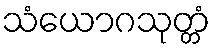
သံယောဂသုတ္တံ